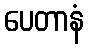
ပေတာနံ